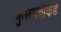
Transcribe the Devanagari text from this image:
कुलपतीकडे